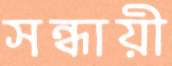
সন্ধায়ী